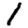
Digit: 1